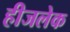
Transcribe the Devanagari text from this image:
हीजलेक